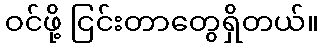
ဝင်ဖို့ ငြင်းတာတွေရှိတယ်။